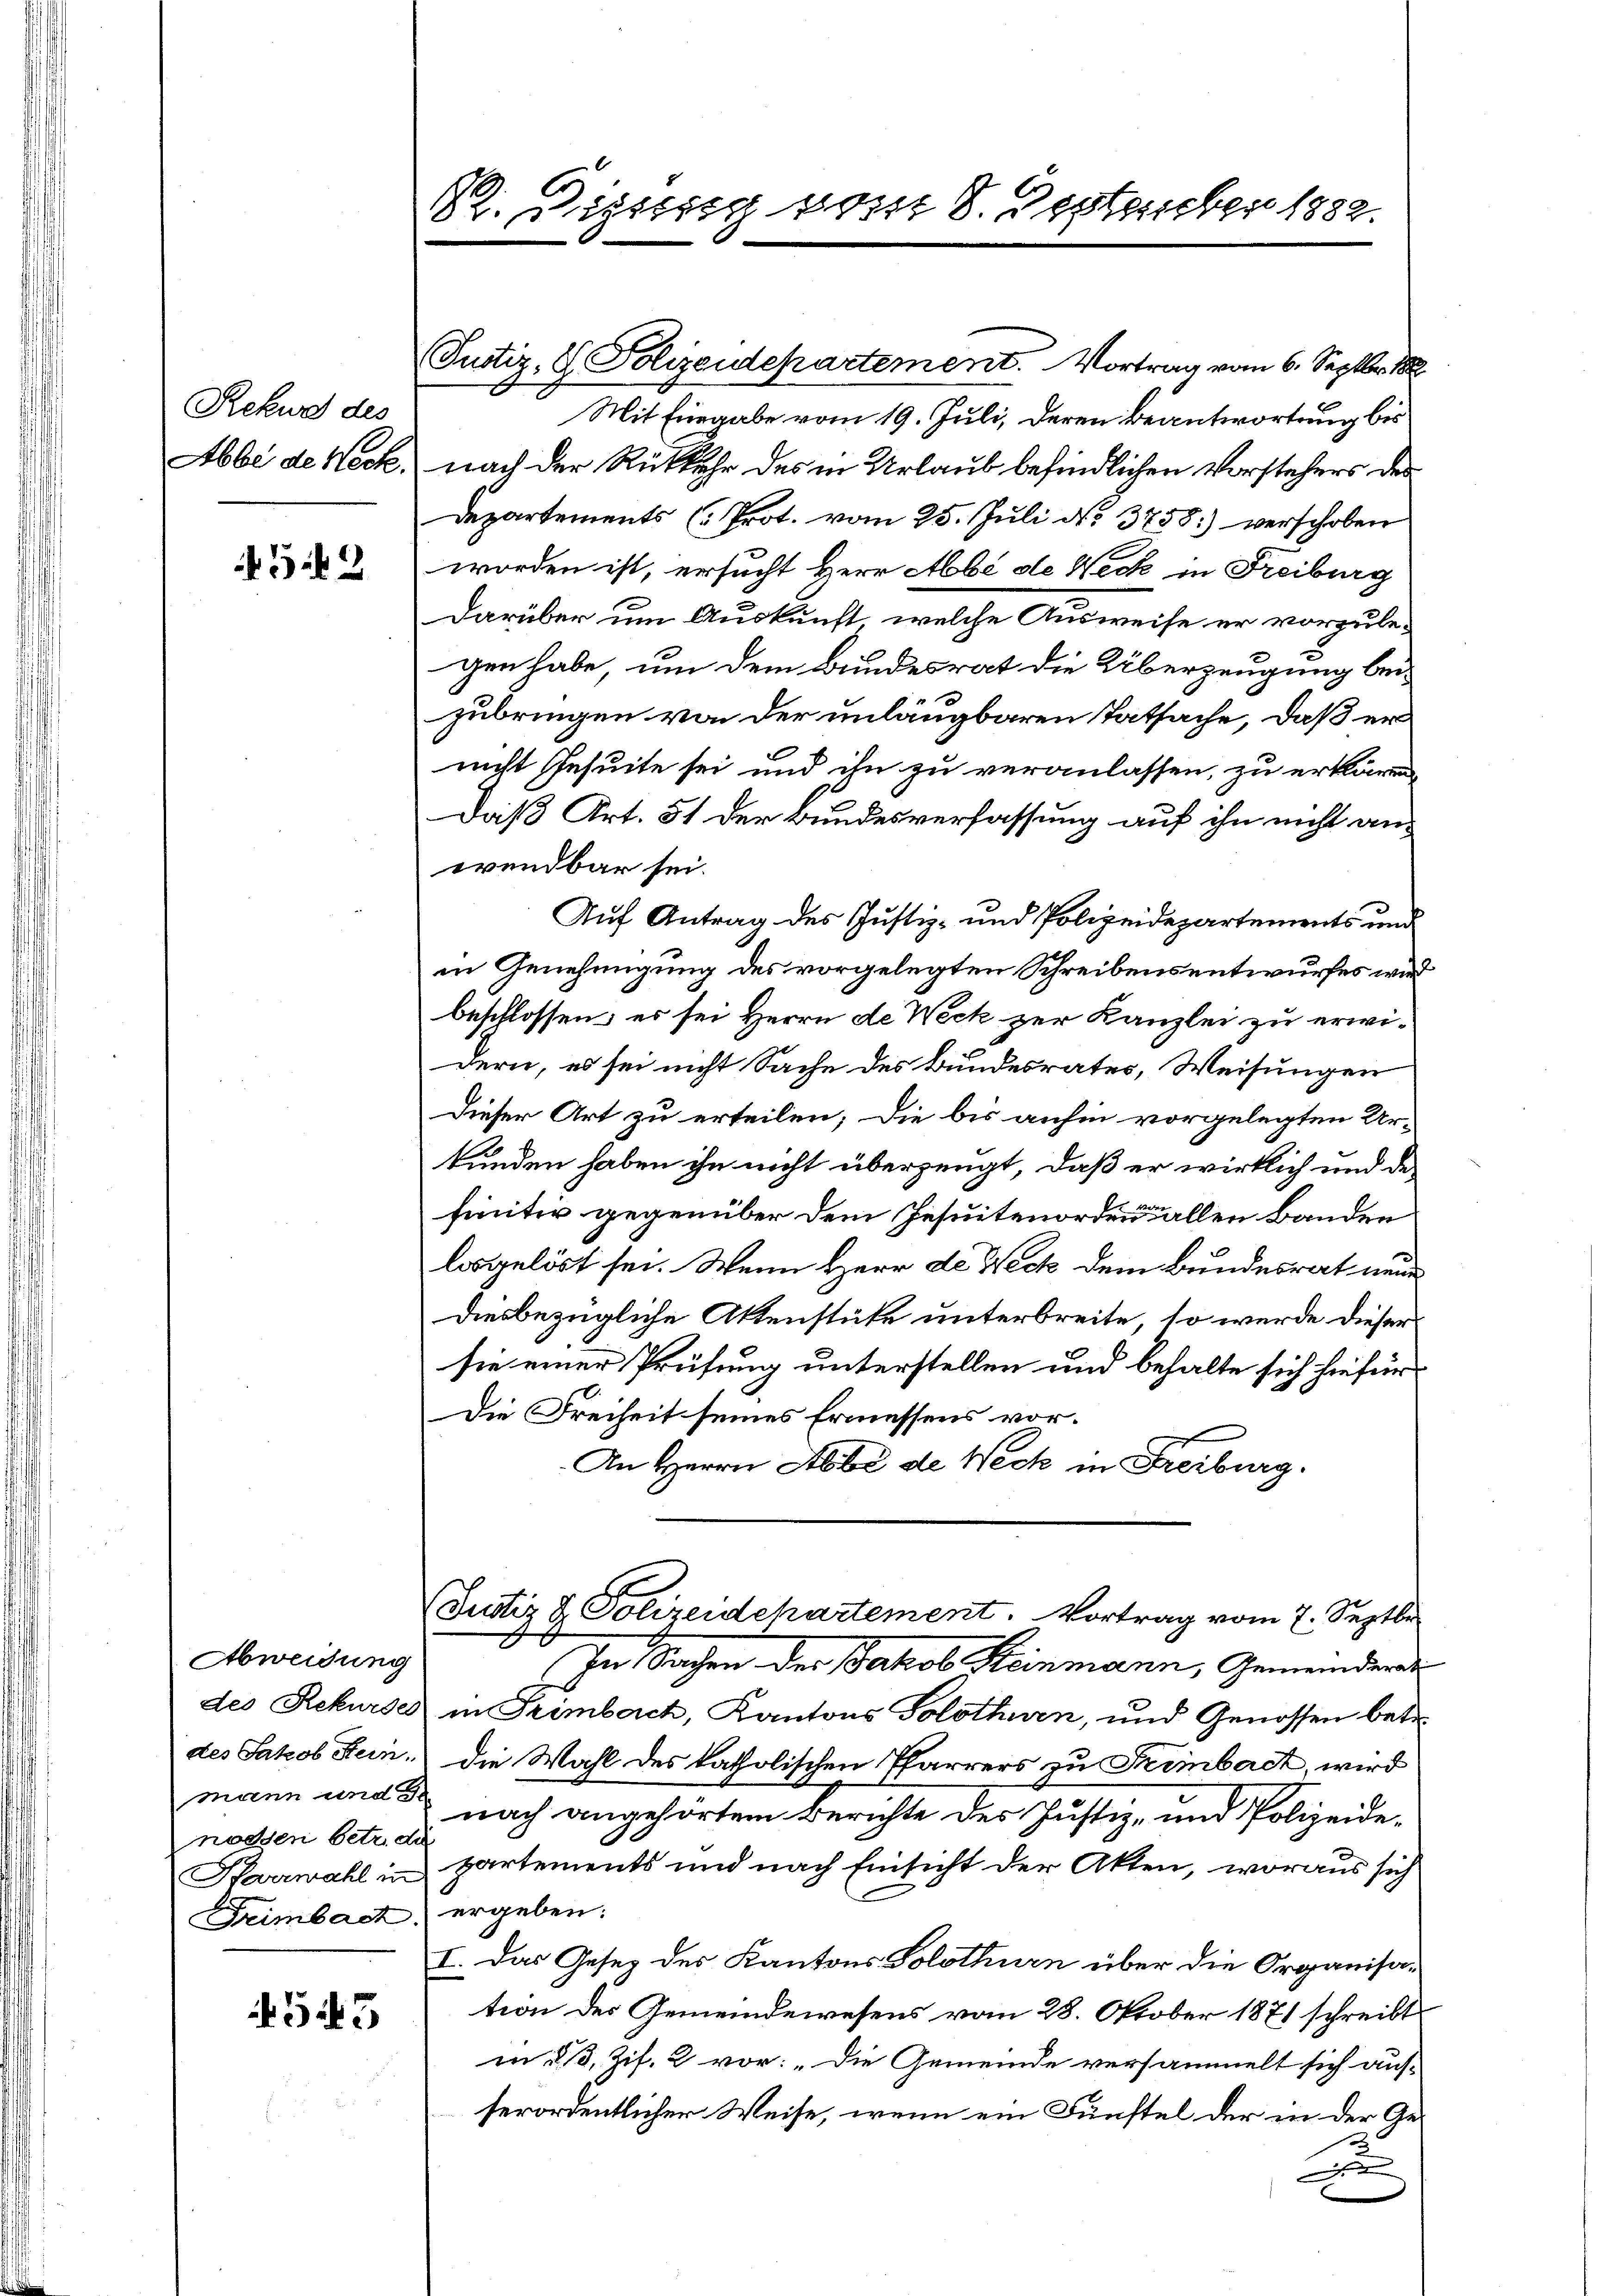
Rekwa des
Abbe de Neck.

342

Abweisung
des Rekurses
des Jakob Stein.
mann und G
nöchen betr. de
Karrwahl in
Freimbach.

543

R. Bisig vom 8. September 1882.

Justiz, S. Polizeidepartement. Vortrag vom 6. Septbr 188
Mit Eingabe vom 19. Juli, deren Beantwortung bis
nach der Rückkehr des in Urlaub befindlichen Vorstehers des
Departements (Prot. vom 25. Juli N. 3758.) verschoben
worden ist, ersucht Herr Abbe de Neck in Freiburg
Darüber um Auskunft, welche Ausweise er vorzulegen habe, um dem Bundesrat die Überzeugung beizubringen von der unläugbaren Tatsache, daß er
nicht Jesuite sei und ihn zu veranlassen, zu erklären
Daß Art. 51 der Bundesverfassung auf ihn nicht anwendbar sei.
Auf Antrag des Justiz- und Polizeidepartements und
in Genehmigung des vorgelegten Schreibensentwurfes wird
beschlossen, es sei Herrn de Weck zur Kanzlei zu erwidern, es sei nicht Sache des Bundesrates, Weisungen
Dieser Art zu erteilen; die bis anhin vorgelegten Ur-
kunden haben ihn nicht überzeugt, daß er wirklich und definitiv gegenüber dem Jesuitenordnen allen Banden
losgelöst sei. Wenn Herr de Weck dem Bundesrat neue
diesbezügliche Aktenstüke unterbreite, so wurde dieser
sie einer Prüfung unterstellen und behalte sich hiefür
Die Freiheit seines Ermessens vor.
An Herrn Abbe de Weck in Freiburg.
(Justiz & Polizeidepartement. Vortrag vom 7. Septbr
E
In Sachen der Jakob Keinmann, Gemeinder
in Trimbach, Kantons Solothurn, und Genossen betr.
die Wahl des katholischen Pfarrers zu Trimbach, wird
nach angehörtem Berichte des Justiz- und Polizeide-
partements und nach Einsicht der Akten, woraus sich
ergeben:
I. Das Gesez des Kantons Solothurn über die Organisation des Gemeindewesens vom 28. Oktober 1871 schreibt
m 3. Zif. 2 vor: „Die Gemeinde versammelt sich aus-
serordentlicher Weise, wenn ein Fünftel der in der Ge¬
F